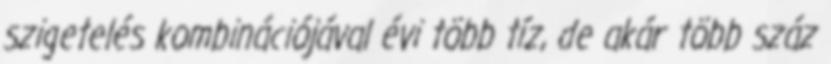
szigetelés kombinációjával évi több tíz, de akár több száz